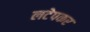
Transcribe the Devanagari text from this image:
लटेपकर